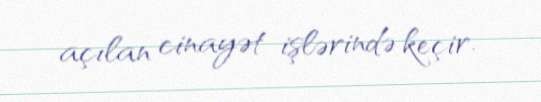
açılan cinayət işlərində keçir.